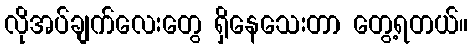
လိုအပ်ချက်လေးတွေ ရှိနေသေးတာ တွေ့ရတယ်။